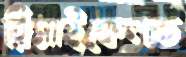
রিসাইকেলড